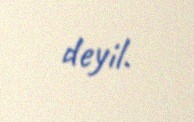
deyil.